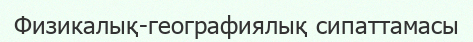
Физикалық-географиялық сипаттамасы